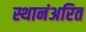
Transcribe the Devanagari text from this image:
स्थानंअरित